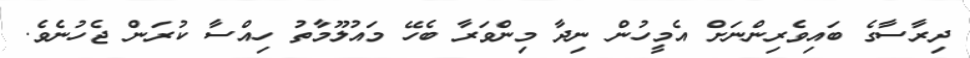
ދިރާސާގެ ބައިވެރިންނަށް އެމީހުން ނިދާ މިންވަރާ ބެހޭ މައުލޫމާތު ހިއްސާ ކުރަން ޖެހުނެވެ.